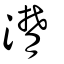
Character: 澘